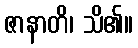
ဇာနာတိ၊ သိ၏။